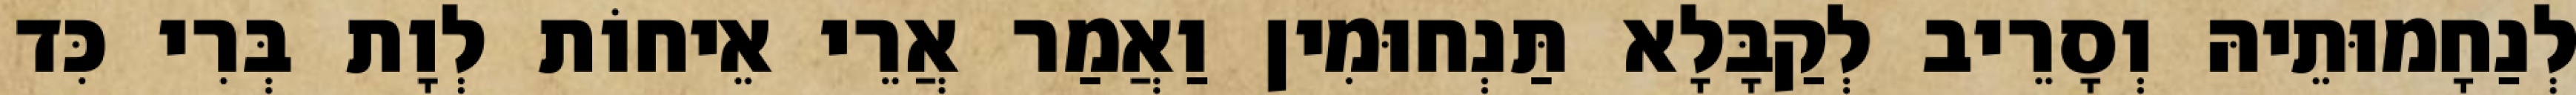
לְנַחָמוּתֵיהּ וְסָרֵיב לְקַבָּלָא תַּנְחוּמִין וַאֲמַר אֲרֵי אֵיחוֹת לְוָת בְּרִי כִּד